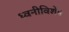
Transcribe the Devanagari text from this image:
ध्वनीविशेष